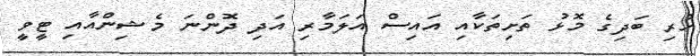
ހުރި ބަދިގެ މޮޅު ތަށިތަކާއި އައިސް އަލަމާރި އަދި ދޮންނަ މެޝިންއާއި ޓީވީ